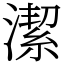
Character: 潔